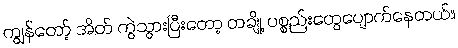
ကျွန်တော့် အိတ် ကွဲသွားပြီးတော့ တချို့ ပစ္စည်းတွေပျောက်နေတယ်။